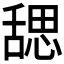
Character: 𬜉